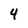
Character: 4